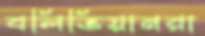
বলিভিয়ানরা